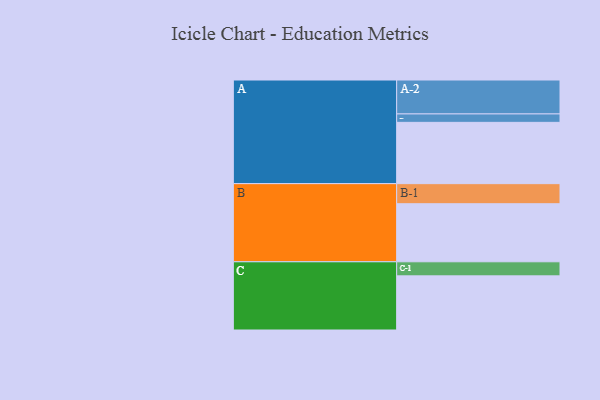
{"axis": {"x": "Segment", "y": "Value"}, "legend": ["", "A", "B", "C"], "data": [{"x": "A", "y": 531, "type": ""}, {"x": "B", "y": 503, "type": ""}, {"x": "C", "y": 469, "type": ""}, {"x": "A-1", "y": 73, "type": "A"}, {"x": "A-2", "y": 294, "type": "A"}, {"x": "B-1", "y": 174, "type": "B"}, {"x": "C-1", "y": 122, "type": "C"}]}